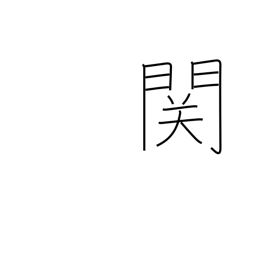
Meaning: barrier